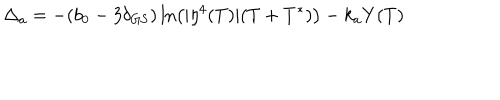
LaTeX: \Delta _ { a } = - ( b _ { 0 } - 3 \delta _ { \mathrm { G S } } ) \ln \left( | \eta ^ { 4 } ( T ) | ( T + T ^ { * } ) \right) - k _ { a } Y ( T )